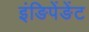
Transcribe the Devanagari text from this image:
इंङिपेंङेंट